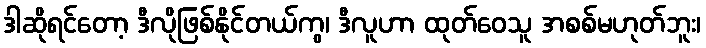
ဒါဆိုရင်တော့ ဒီလိုဖြစ်နိုင်တယ်ကွ၊ ဒီလူဟာ ထုတ်ဝေသူ အစစ်မဟုတ်ဘူး၊